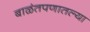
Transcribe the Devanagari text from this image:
बाळंतपणातल्या